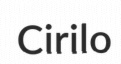
Cirilo